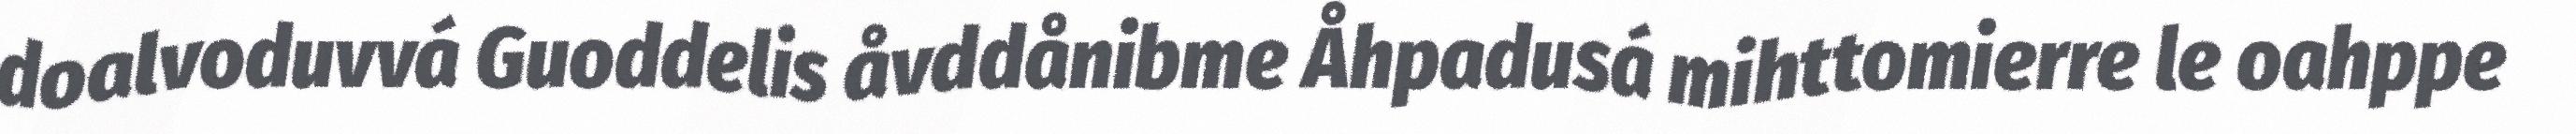
doalvoduvvá Guoddelis åvddånibme Åhpadusá mihttomierre le oahppe